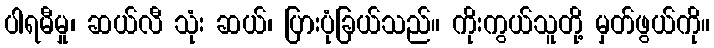
ပါရမီမှု၊ ဆယ်လီ သုံး ဆယ်၊ ပြားပုံခြယ်သည်။ ကိုးကွယ်သူတို့ မှတ်ဖွယ်ကို။